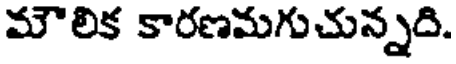
మౌలిక కారణమగుచున్నది.